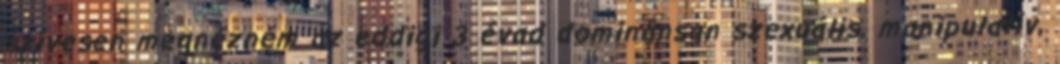
szívesen megnézném az eddigi 3 évad dominánsan szexuális, manipulatív,